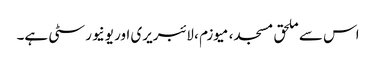
اس سے ملحق مسجد، میوزم ، لائبریری اور یونیورسٹی ہے۔